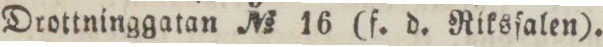
Drottninggatan No 16 (f. d. Riksſalen).